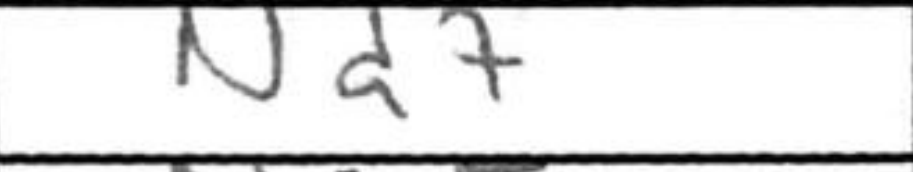
Transcription: Nd7